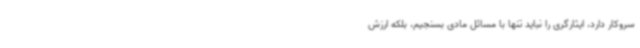
سروکار دارد، ایثارگری را نباید تنها با مسائل مادی بسنجیم، بلکه ارزش